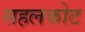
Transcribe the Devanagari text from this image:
सहलकोट